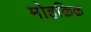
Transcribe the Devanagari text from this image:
मोहक़िक़